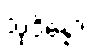
သုဒိန္နော